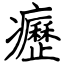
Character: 癧